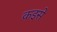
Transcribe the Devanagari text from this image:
कइसे